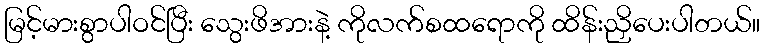
မြင့်မားစွာပါဝင်ပြီး သွေးဖိအားနဲ့ ကိုလက်စထရောကို ထိန်းညှိပေးပါတယ်။